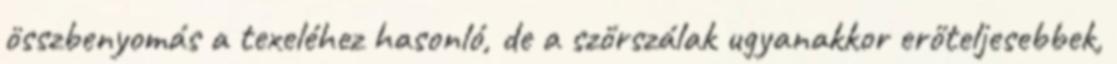
összbenyomás a texeléhez hasonló, de a szőrszálak ugyanakkor erőteljesebbek,